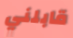
قابلني